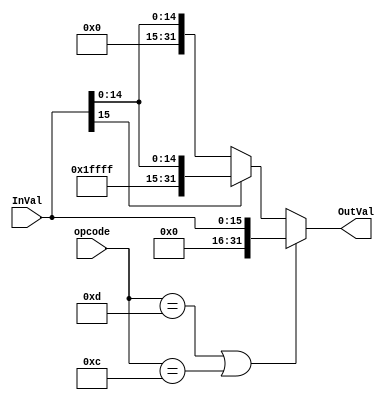
//////////////////////////////////////////////////////////////////////////////////
// Description: 
//						  
// Revision: 		1.1
// Additional Comments: 
//
//////////////////////////////////////////////////////////////////////////////////

module Extender_32b (
	//INPUTs
	input [15:0] InVal,	//
	input [5:0] opcode, //
	//OUTPUTs
	output [31:0] OutVal //
);
	localparam 	  ORI = 6'h0d,
				  ANDI= 6'h0c;
	
	assign OutVal = ((opcode == ORI) ||(opcode == ANDI)) ? {16'h0000,InVal}:
														   (InVal[15] == 1) ? {16'hFFFF,InVal}:
																			  {16'h0000,InVal};

endmodule